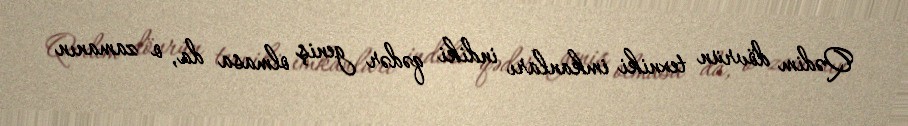
Qədim dövrün texniki imkanları indiki qədər geniş olmasa da, o zamanın